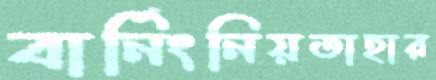
বার্নিংনিয়তাহার